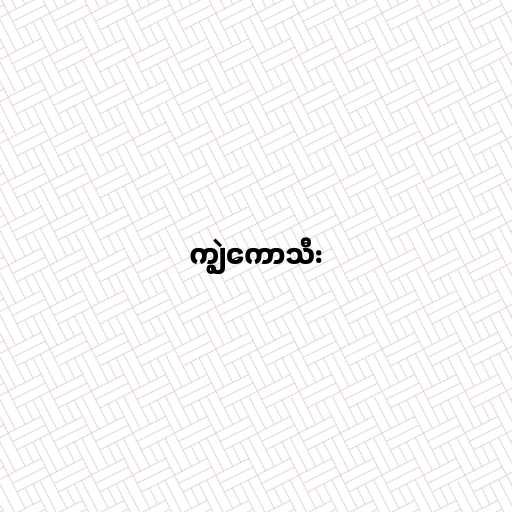
ကျွဲကောသီး